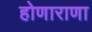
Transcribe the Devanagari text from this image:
होणाराणा